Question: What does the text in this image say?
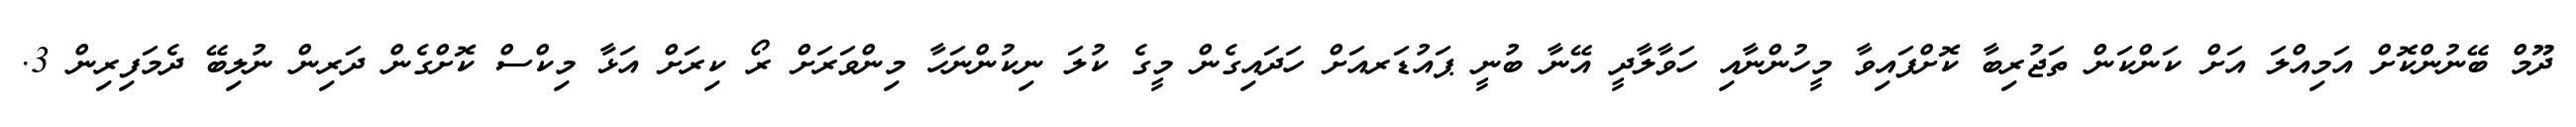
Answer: ދޫމް ބޭނުންކޮށް އަމިއްލަ އަށް ކަންކަން ތަޖުރިބާ ކޮށްފައިވާ މީހުންނާއި ހަވާލާދީ އޭނާ ބުނީ ޕައުޑަރއަށް ހަދައިގެން މީގެ ކުލަ ނިކުންނަހާ މިންވަރަށް ރޯ ކިރަށް އަޅާ މިކްސް ކޮށްގެން ދަރިން ނުލިބޭ ދެމަފިރިން 3.